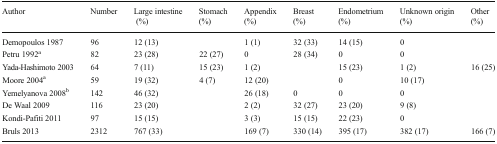
<table><thead><tr><td><b>Author</b></td><td><b>Number</b></td><td><b>Large intestine (%)</b></td><td><b>Stomach (%)</b></td><td><b>Appendix (%)</b></td><td><b>Breast (%)</b></td><td><b>Endometrium (%)</b></td><td><b>Unknown origin (%)</b></td><td><b>Other (%)</b></td></tr></thead><tbody><tr><td>Demopoulos 1987</td><td>96</td><td>12 (13)</td><td>[EMPTY_CELL]</td><td>1 (1)</td><td>32 (33)</td><td>14 (15)</td><td>0</td><td>[EMPTY_CELL]</td></tr><tr><td>Petru 1992<sup>a</sup></td><td>82</td><td>23 (28)</td><td>22 (27)</td><td>0</td><td>28 (34)</td><td>0</td><td>0</td><td>[EMPTY_CELL]</td></tr><tr><td>Yada-Hashimoto 2003</td><td>64</td><td>7 (11)</td><td>15 (23)</td><td>1 (2)</td><td>[EMPTY_CELL]</td><td>15 (23)</td><td>1 (2)</td><td>16 (25)</td></tr><tr><td>Moore 2004<sup>a</sup></td><td>59</td><td>19 (32)</td><td>4 (7)</td><td>12 (20)</td><td>[EMPTY_CELL]</td><td>0</td><td>10 (17)</td><td>[EMPTY_CELL]</td></tr><tr><td>Yemelyanova 2008<sup>b</sup></td><td>142</td><td>46 (32)</td><td>[EMPTY_CELL]</td><td>26 (18)</td><td>0</td><td>0</td><td>0</td><td>[EMPTY_CELL]</td></tr><tr><td>De Waal 2009</td><td>116</td><td>23 (20)</td><td>[EMPTY_CELL]</td><td>2 (2)</td><td>32 (27)</td><td>23 (20)</td><td>9 (8)</td><td>[EMPTY_CELL]</td></tr><tr><td>Kondi-Pafiti 2011</td><td>97</td><td>15 (15)</td><td>[EMPTY_CELL]</td><td>3 (3)</td><td>15 (15)</td><td>22 (23)</td><td>0</td><td>[EMPTY_CELL]</td></tr><tr><td>Bruls 2013</td><td>2312</td><td>767 (33)</td><td>[EMPTY_CELL]</td><td>169 (7)</td><td>330 (14)</td><td>395 (17)</td><td>382 (17)</td><td>166 (7)</td></tr></tbody></table>